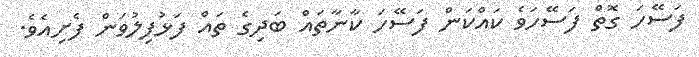
ފަސޭހަ ގޮތް ފަސޭހަވެ ކައްކަން ފަސޭހަ ކާނާތައް ބަދިގެ ތައް ފަޅުފިލުވަން ފެށިއެވެ.